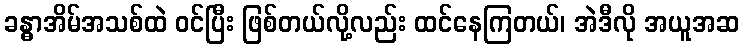
ခန္ဓာအိမ်အသစ်ထဲ ဝင်ပြီး ဖြစ်တယ်လို့လည်း ထင်နေကြတယ်၊ အဲဒီလို အယူအဆ